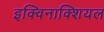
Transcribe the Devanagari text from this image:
इक्विनाक्शियल